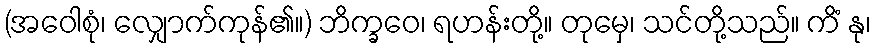
(အဝေါစုံ၊ လျှောက်ကုန်၏။) ဘိက္ခဝေ၊ ရဟန်းတို့။ တုမှေ၊ သင်တို့သည်။ ကိံ နု၊